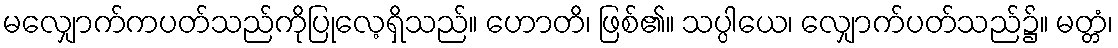
မလျှောက်ကပတ်သည်ကိုပြုလေ့ရှိသည်။ ဟောတိ၊ ဖြစ်၏။ သပ္ပါယေ၊ လျှောက်ပတ်သည်၌။ မတ္တံ၊